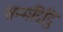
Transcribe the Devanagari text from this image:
सम्मदिट्ठि